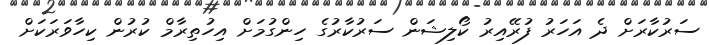
ސަރުކާރަށް ދެ އަހަރު ފުރޭއިރު ކޯލިޝަން ސަރުކާރުގެ ހިންގުމަށް އިހުތިރާމް ކުރުން ކިހާވަރަކަށް